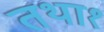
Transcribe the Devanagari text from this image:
तथा१